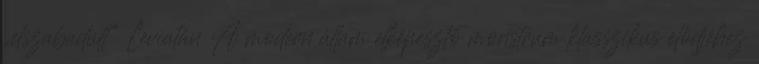
„elszabadult” Leviatán A modern állam elképesztő monstrum klasszikus elődjéhez